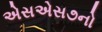
એસએસ૭નો